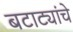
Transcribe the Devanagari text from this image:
बटाट्यांचे